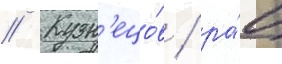
// Кузн'ецо́в / ра́ц